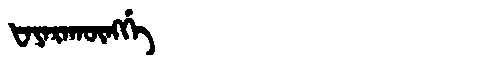
Manchu: ᡶᠠᠶᠠᡵᠠᡴᡡᠩᡤᡝ
Romanization: FAYARAKŪNGGE